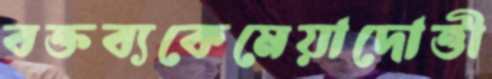
বক্তব্যকেমেয়াদোত্তী